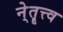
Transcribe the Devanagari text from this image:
ने्तॄत्त्व